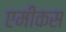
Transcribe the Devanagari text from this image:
एमीकस